Vaccine operations Central Provinces & Berar 1912-1920 - 1912-1920
Year: 1912
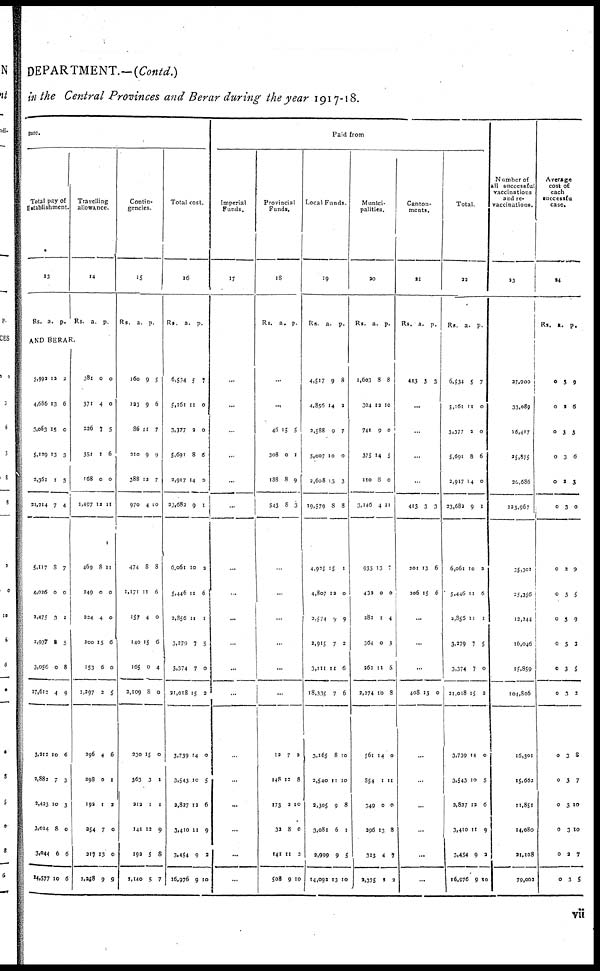
DEPARTMENT.—(Contd.)
in the Central Provinces and Berar during the year 1917-18.
ture.
Total pay of
Establishment.
13
Rs.
a. p.
Travelling
allowance.
14
Rs. a. p.
AND BERAR.
5,992
4,666
3,063
5,129
3,361
21,214
5,117
4,026
2,475
2,937
3,056
17,612
3,212
2,882
3,423
3,014
3,044
14,577
12
13
15
13
1
7
8
0
3
8
0
4
10
7
10
8
6
10
2
6
0
3
5
4
7
0
1
5
8
9
6
3
3
0
6
6
381
371
226
351
168
1,497
469
249
234
200
153
1,297
296
298
192
254
217
1,258
0
4
7
1
0
12
8
0
4
15
6
2
4
0
1
7
13
9
0
0
5
6
0
11
11
0
0
6
0
5
6
1
2
0
0
9
Contin-
gencies.
15
Rs.
a. p.
160
123
86
310
388
970
474
1,171
157
140
165
3,109
330
363
212
141
192
1,140
9
9
11
9
12
4
8
11
4
15
0
8
15
3
1
13
5
5
5
6
7
9
7
10
8
6
0
6
4
0
0
1
1
9
8
7
Total cost.
16
Rs.
a. p.
6,534
5,161
3,377
5,601
3,917
23,683
6,061
5,446
3,856
3,379
3,374
21,018
3,739
3,543
2,827
3,410
3,454
16,976
5
11
2
8
14
9
10
11
11
7
7
15
14
10
12
11
9
9
7
0
0
6
0
1
2
6
1
5
0
2
0
5
6
9
2
10
Paid from
Imperial
Funds.
17
...
...
...
...
...
...
...
...
...
...
...
...
...
...
...
...
...
...
Provincial
Funds.
18
Rs.
a. p.
...
...
46
308
188
543
15
0
8
8
5
1
9
3
...
...
...
...
...
...
12
148
173
32
141
508
7
12
2
8
11
9
2
8
10
0
3
10
Local Funds
19
Rs. a. p.
4,517
4,856
2,588
5,007
2,608
19,579
4,925
4,807
3,574
3,915
3,111
18,335
3,165
3,540
3,305
3,081
2,999
14,093
9
14
9
10
13
8
15
12
9
7
11
7
8
11
9
6
9
13
8
2
7
0
3
8
1
0
9
2
6
6
10
10
8
1
5
10
Munici-
palities.
20
Rs. a. p.
1,603
304
741
375
120
3,146
933
432
283
364
262
2,274
561
854
349
296
313
2,375
8
12
9
14
8
4
13
0
1
0
11
10
14
1
0
13
4
2
8
10
0
3
0
11
7
0
4
3
6
8
0
11
0
8
7
2
Canton-
ments.
21
Rs. a. p.
413 3 3
...
...
...
...
413
201
306
3
13
15
3
6
6
...
...
...
408 13 0
...
...
...
...
...
...
Total.
22
Rs.
a. p.
6,534
5,161
3,377
5,691
2,917
33,682
6,061
5,446
2,855
3,279
3,374
21,018
3,739
3,543
3,837
3,410
3,454
16,976
5
11
2
8
14
9
10
11
11
7
7
15
14
10
12
11
9
9
7
0
0
6
0
1
2
6
1
5
0
2
0
5
6
9
2
10
Number of
all successful
vaccinations
and re¬
vaccinations.
23
27,900
33,089
16,417
25,875
30,686
123,967
35,301
25,356
13,344
16,046
15,859
104,806
16,301
15,662
11,851
14,080
21,108
79,002
Average
cost of
each
successful
case.
24
Rs.
a.
p.
0
0
0
0
0
0
0
0
0
0
0
0
0
0
0
0
0
0
3
2
3
3
2
3
2
3
3
5
3
3
3
3
3
3
2
3
9
6
3
6
3
0
9
5
9
3
5
2
8
7
10
10
7
5
vii